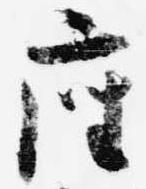
座